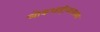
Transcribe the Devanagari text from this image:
लोकशाहीव्यवस्था